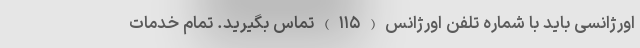
اورژانسی باید با شماره تلفن اورژانس ( ۱۱۵ ) تماس بگیرید. تمام خدمات